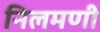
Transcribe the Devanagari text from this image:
निलमणी